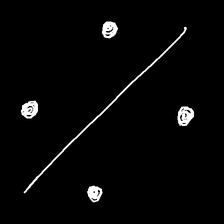
Glyph: cool